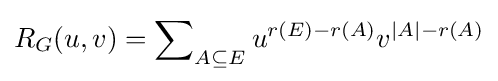
R_{G}(u,v)=\sum \nolimits _{A\subseteq E}u^{r(E)-r(A)}v^{|A|-r(A)}